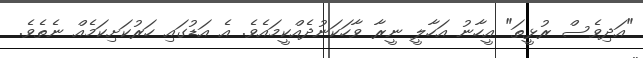
"އަދިވެސް ރުޅީތަ" އީހާނު އަހާލީ ނީރާ ވާހަކަނުދެއްކީމައެވެ. އެ އަޑުގައި ހަރުކަށިކަމެއް ނެތެވެ.